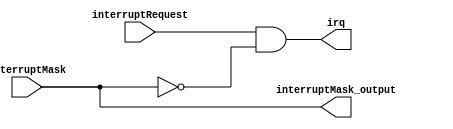
module Interrupt_Mask (
    input wire [7:0] interruptRequest,
    input wire [7:0] interruptMask,
    output reg [7:0] irq,
    output reg [7:0] interruptMask_output
);
   
    initial begin
        interruptMask_output = 0;
    end
    
    always @* begin
        // Combinational logic to mask interrupts
        irq = interruptRequest & ~interruptMask;
        interruptMask_output = interruptMask;
    end

endmodule